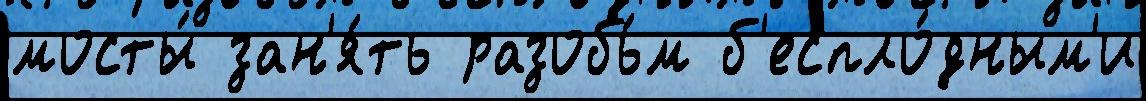
мосты́ зан'я́ть разобь́м б'еспло́дным'и